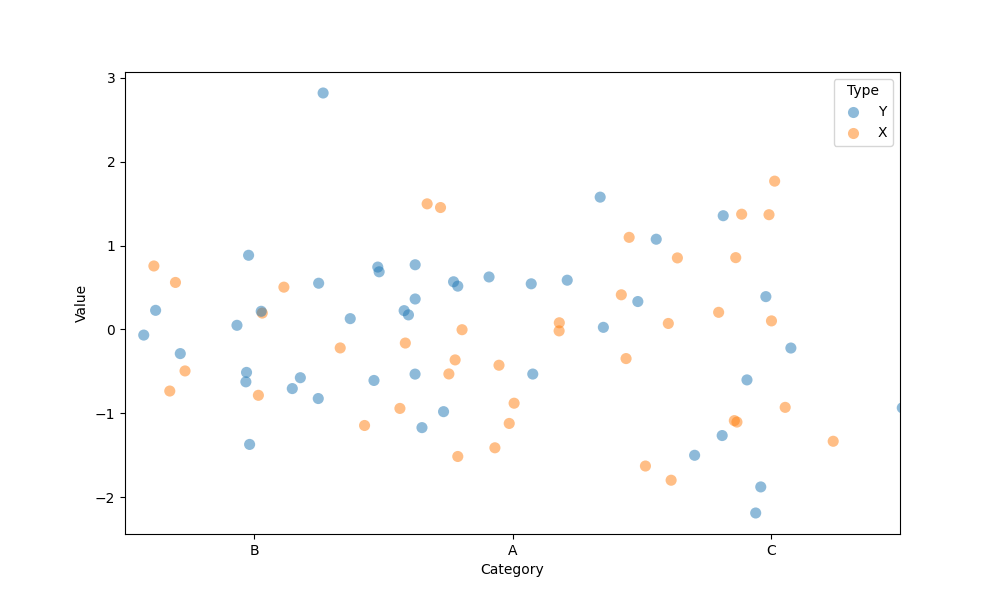
python, seaborn, stripplot, jitter=True, dodge=False, alpha=0.5, size=8